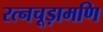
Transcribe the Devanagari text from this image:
रत्नचूड़ामणि